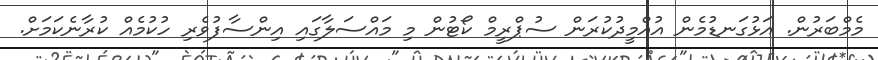
މެމްބަރުން. އަޅުގަނޑުމެން އުއްމީދުކުރަން ސުޕްރީމް ކޯޓުން މި މައްސަލާގައި އިންސާފުވެރި ހުކުމެއް ކުރާނެކަމަށް.